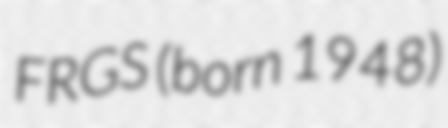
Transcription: FRGS (born 1948)